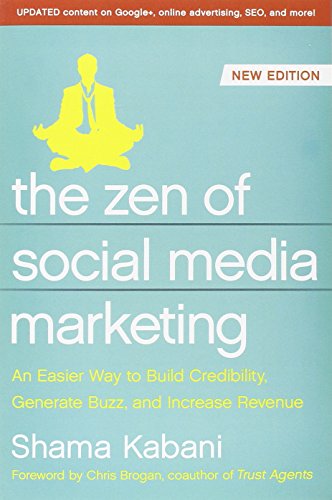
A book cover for The Zen of Social Media Marketing: An Easier Way to Build Credibility, Generate Buzz, and Increase Revenue; Shama Hyder; Computers & Technology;